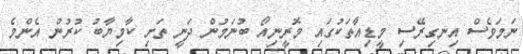
ނަމަވެސް އިނގިރޭސި މީޑިއާތަކުގައި މޮރީނިއޯ ބުނަމުން ދަނީ ތަށި ކާމިޔާބު ކުރުން އެންމެ